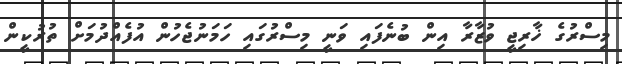
މިސްރުގެ ޚާރިޖީ ވުޒާރާ އިން ބުނެފައި ވަނީ މިސްރުގައި ހަމަނުޖެހުން އުފެއްދުމަށް ތުރުކީން